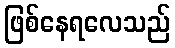
ဖြစ်နေရလေသည်